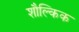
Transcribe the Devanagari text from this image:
शौल्किक